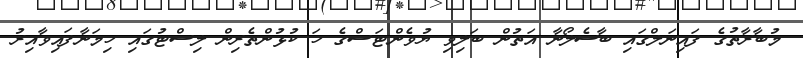
މުބާރާތުގެ ފައިނަލްގައި ބާސެލޯނާ އަތުން ބަލިވި ޔުވެންޓަސްގެ ހަ ކުޅުންތެރިން ލިސްޓުގައި ހިމަނާފައިވާއިރު